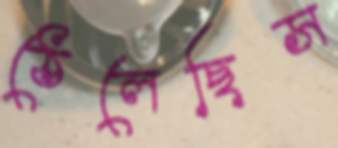
ঠেলেছিস